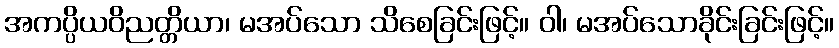
အကပ္ပိယဝိညတ္တိယာ၊ မအပ်သော သိစေခြင်းဖြင့်။ ဝါ၊ မအပ်သောခိုင်းခြင်းဖြင့်။